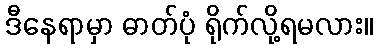
ဒီနေရာမှာ ဓာတ်ပုံ ရိုက်လို့ရမလား။